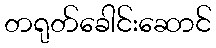
တရုတ်ခေါင်းဆောင်